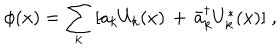
\phi ( x ) = \sum _ { k } \, [ a _ { k } U _ { k } ( x ) \, + \, \bar { a } _ { k } ^ { \dagger } U _ { k } ^ { * } ( x ) ] \; ,